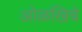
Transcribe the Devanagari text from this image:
ओळखिचे